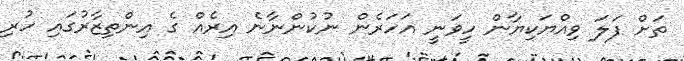
ތަށް ފަލަ ވިއްޔަކިޔާން ހީވަނީ އަހަރެން ނުކުންނާނެ އިރެއް ގެ އިންތިޒާރުގައި ހުރި